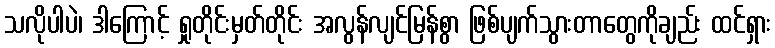
သလိုပါပဲ၊ ဒါကြောင့် ရှုတိုင်းမှတ်တိုင်း အလွန်လျင်မြန်စွာ ဖြစ်ပျက်သွားတာတွေကိုချည်း ထင်ရှား